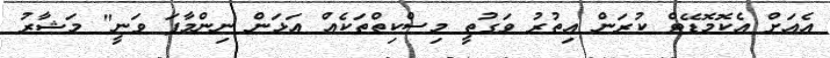
އެއަށް އެކޮމޮޑޭޓް ކުރަން އިތުރު ވަގުތީ މިސްކިތްތަކެއް އަޅަން ނިންމާފަ ވަނީ" މަޝާރު